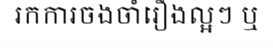
រកការចងចាំរឿងល្អៗ ឬ